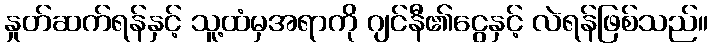
နှုတ်ဆက်ရန်နှင့် သူ့ထံမှအရာကို ဂျင်နီ၏ငွေနှင့် လဲရန်ဖြစ်သည်။